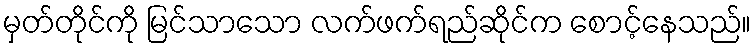
မှတ်တိုင်ကို မြင်သာသော လက်ဖက်ရည်ဆိုင်က စောင့်နေသည်။